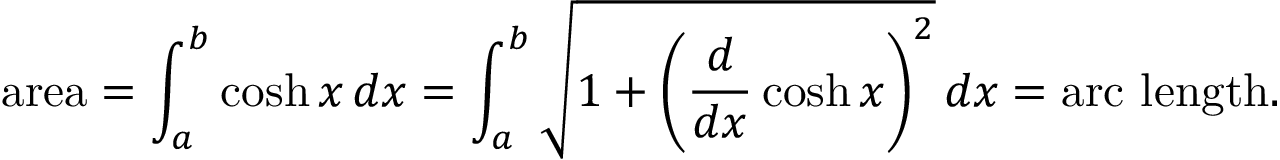
{ \mathrm { a r e a } } = \int _ { a } ^ { b } \cosh x \, d x = \int _ { a } ^ { b } { \sqrt { 1 + \left( { \frac { d } { d x } } \cosh x \right) ^ { 2 } } } \, d x = { \mathrm { a r c ~ l e n g t h . } }